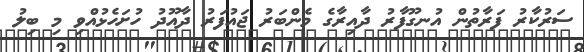
ސަރުކާރު ފަރާތުން އުނގޫފާރު ދާއިރާގެ މެންބަރު ޖައުފަރު ދާއޫދު ހުށަހެޅުއްވި މި ބިލު